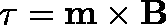
\mathbf { \tau } = \mathbf { m } \times \mathbf { B }